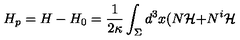
H _ { p } = H - H _ { 0 } = \frac { 1 } { 2 \kappa } \int _ { \Sigma } d ^ { 3 } x ( N { \cal H + } N ^ { i } { \cal H }